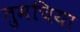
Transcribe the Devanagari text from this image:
तुमचिया